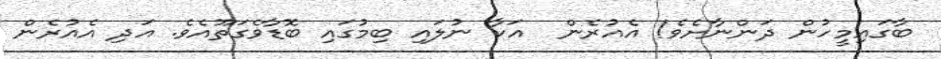
ބާގައިމީހުން ދަންނާށެވެ! އެއުރެން  އަކާ ނުލައި ބިމުގައި ބޮޑާވެގަތޫއެވެ. އަދި އެއުރެން